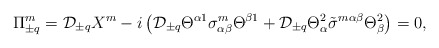
\begin{align*}\Pi^m_{\pm q}={\cal D}_{\pm q}X^m-i\left({\cal D}_{\pm q}\Theta^{\alpha 1}\sigma^m_{\alpha \beta}\Theta^{\beta 1}+{\cal D}_{\pm q}\Theta_{\alpha}^2\tilde\sigma^{m\alpha \beta}\Theta_{\beta}^2\right)=0,\end{align*}